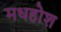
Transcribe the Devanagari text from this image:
मधहोश